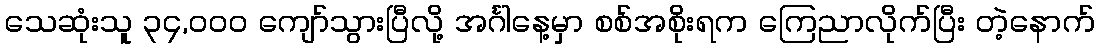
သေဆုံးသူ ၃၄,၀၀၀ ကျော်သွားပြီလို့ အင်္ဂါနေ့မှာ စစ်အစိုးရက ကြေညာလိုက်ပြီး တဲ့နောက်